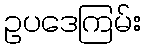
ဥပဒေကြမ်း